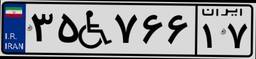
۹۰W۷۳۰۸۵